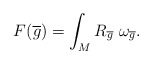
\begin{align*}F(\overline{g}) = \displaystyle\int_{M}{R_{\overline{g}} \ \omega_{\overline{g}}}.\end{align*}